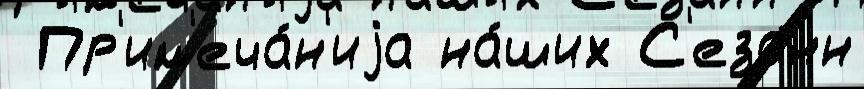
 Пр'им'еча́н'иjа на́ших С'езанн